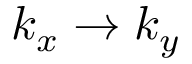
k _ { x } \rightarrow k _ { y }